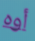
أوه